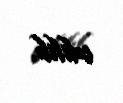
edilib.